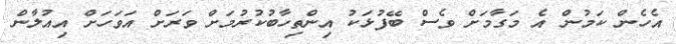
އެހެން ކަމުން އެ މަގާމަށް ވެސް ބޭފުޅަކު އިންތިހާބުކުރުމަށް ވަރަށް އަވަހަށް އިއުލާން